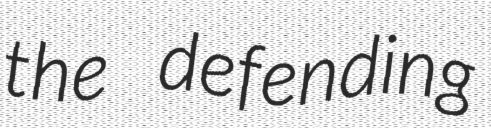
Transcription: the defending